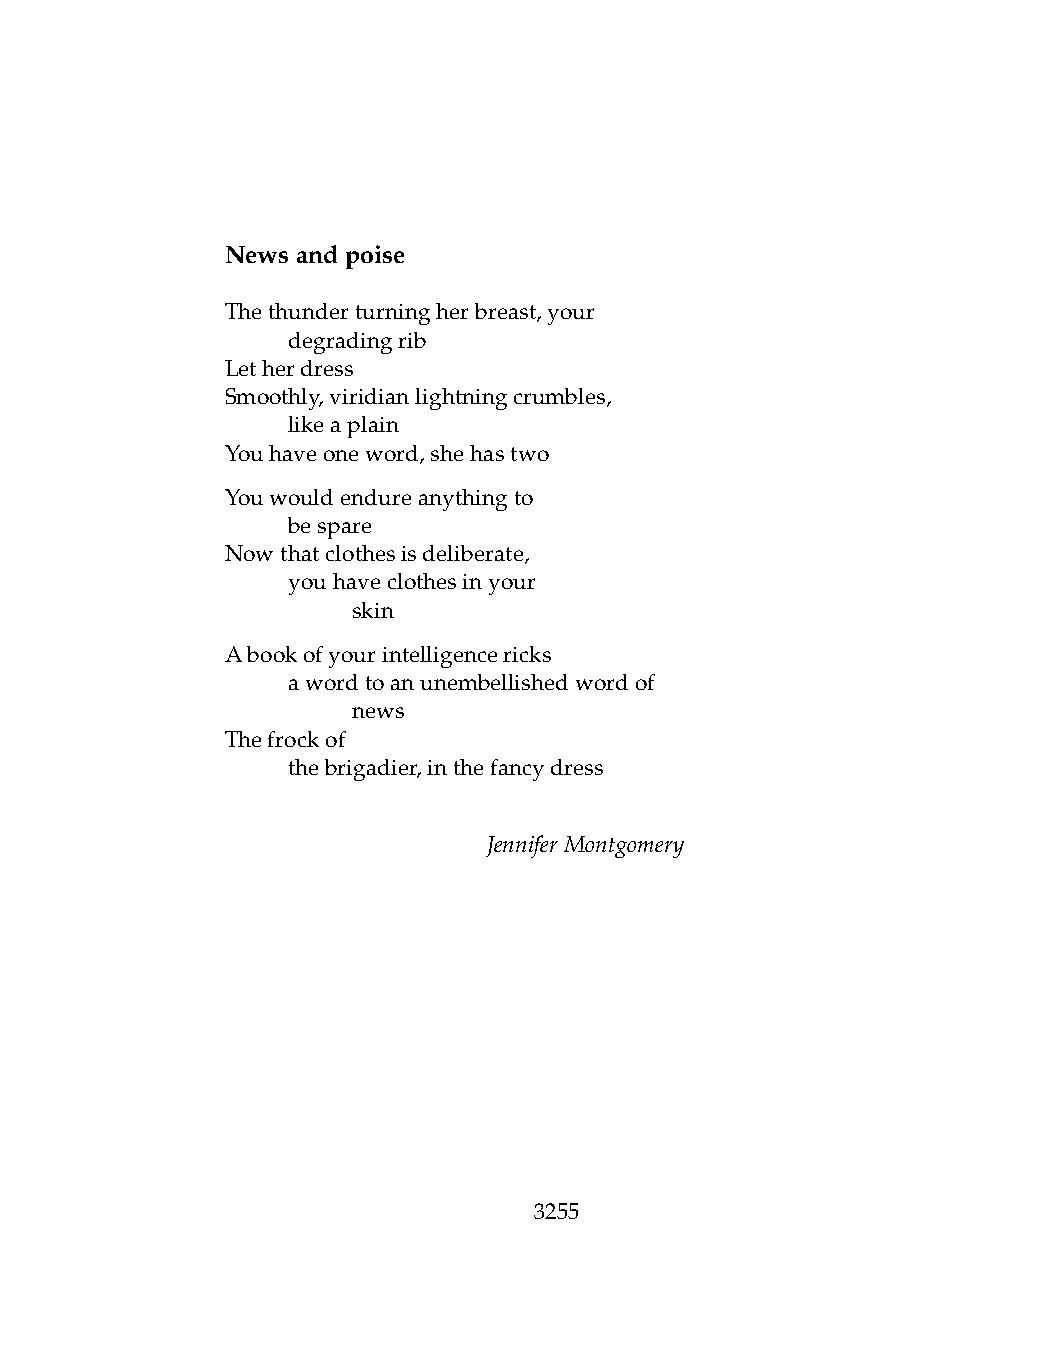
Newsandpoise
 Thethunderturningherbreast,your
 .   degradingrib
 Letherdress
 Smoothly,viridianlightningcrumbles,
 .   likeaplain
 Youhaveoneword,shehastwo
 Youwouldendureanythingto
 .   bespare
 Nowthatclothesisdeliberate,
 .   youhaveclothesinyour
 .   .   skin
 Abookofyourintelligencericks
 .   awordtoanunembellishedwordof
 .   .   news
 Thefrockof
 .   thebrigadier,inthefancydress
 JenniferMontgomery
 3255